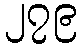
၂၇၉